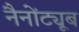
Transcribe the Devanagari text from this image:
नैनोंट्यूब